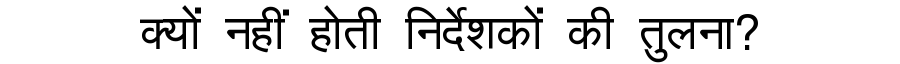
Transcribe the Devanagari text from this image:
क्यों नहीं होती निर्देशकों की तुलना?